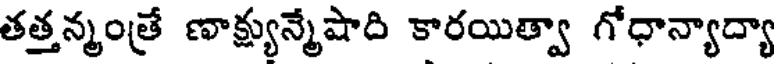
తత్తన్మంత్రే ణాక్ష్యున్మేషాది కారయిత్వా గోధాన్యాద్యా